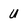
Character: U